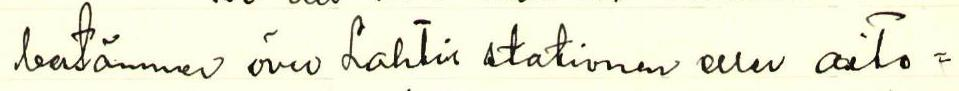
bestämmer över Lahtis stationen eller aito=